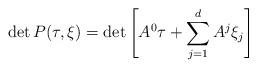
LaTeX: \begin{align*} \mbox{det}\,P(\tau,\xi) = \mbox{det}\left[A^0\tau + \sum_{j=1}^d A^j \xi_j \right] \end{align*}